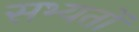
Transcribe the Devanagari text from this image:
सभ्यतों